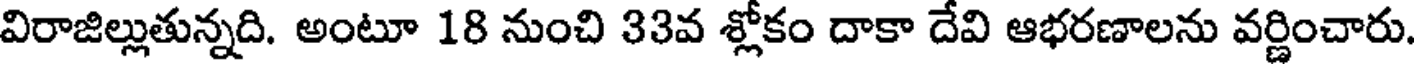
విరాజిల్లుతున్నది. అంటూ 18 నుంచి 33వ శ్లోకం దాకా దేవి ఆభరణాలను వర్ణించారు